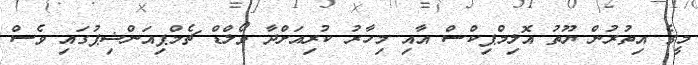
މީގެ އިތުރުން ޔޫތު އޮލިމްޕިކްސް އާއި މިހާރު ކުރިއަށްދާ ވޯލްޑް ޗެމްޕިއަންޝިޕުގައި ވެސް